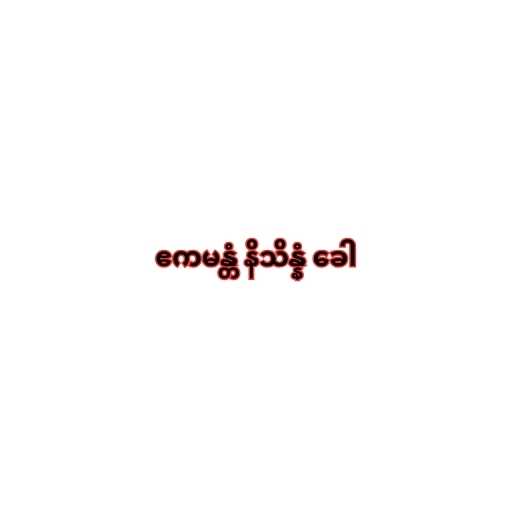
ဧကမန္တံ နိသိန္နံ ခေါ